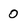
Character: 0